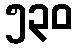
၅၃၀